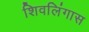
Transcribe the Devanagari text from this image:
शिवलिंगास